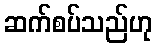
ဆက်စပ်သည်ဟု